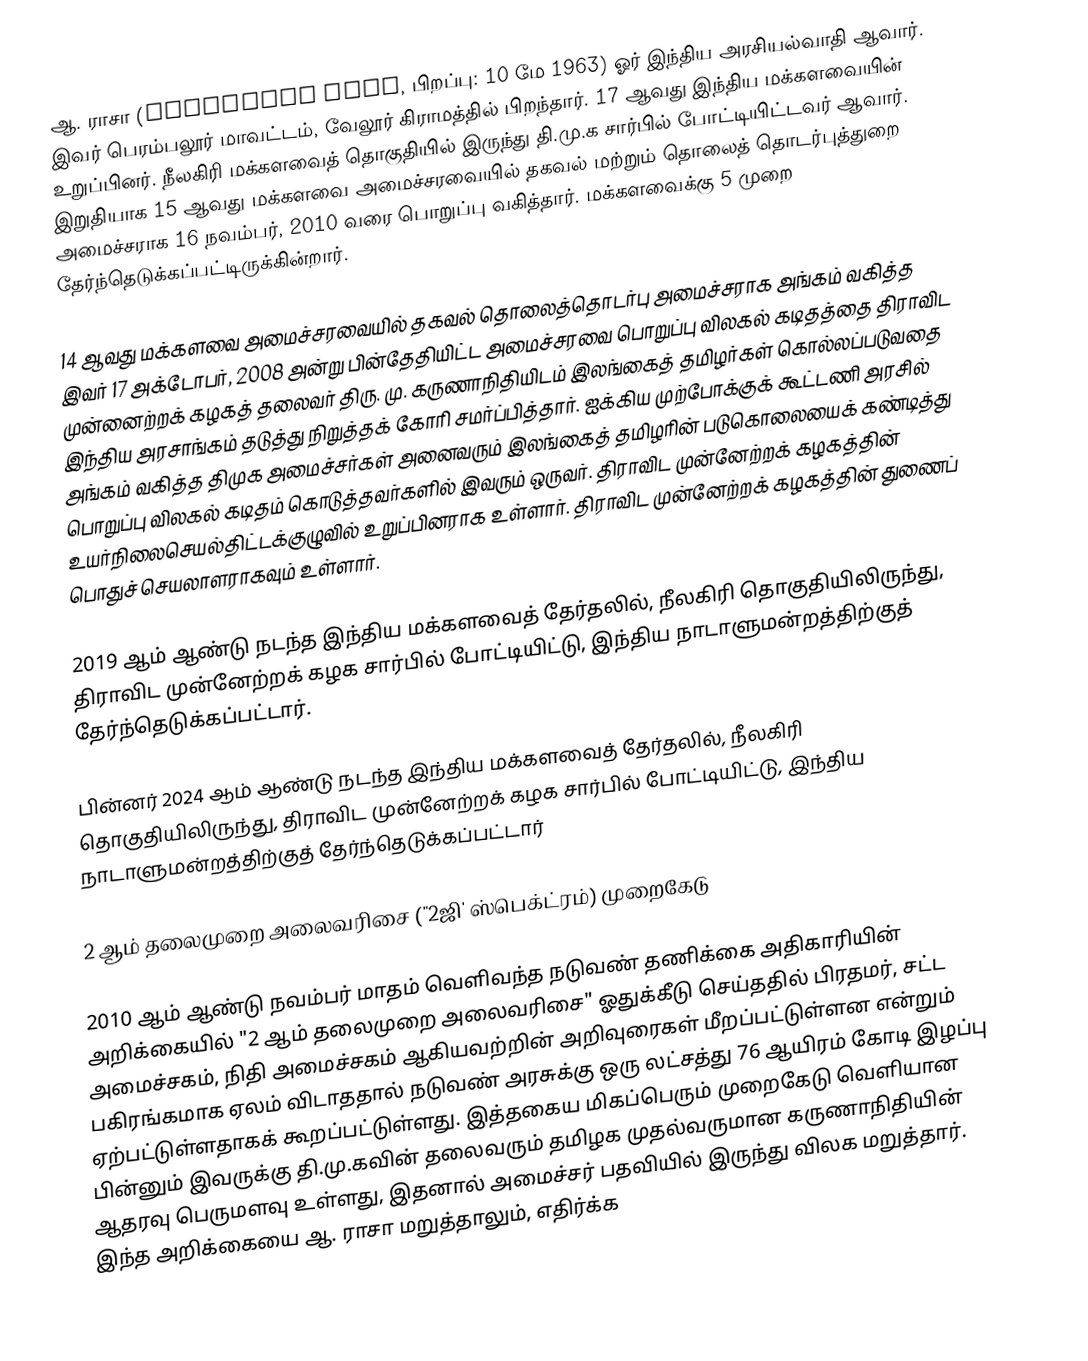
ஆ. ராசா (Andimuthu Raja, பிறப்பு: 10 மே 1963) ஓர் இந்திய அரசியல்வாதி ஆவார். இவர்  பெரம்பலூர் மாவட்டம், வேலூர் கிராமத்தில் பிறந்தார். 17 ஆவது இந்திய மக்களவையின் உறுப்பினர். நீலகிரி மக்களவைத் தொகுதியில் இருந்து தி.மு.க சார்பில் போட்டியிட்டவர் ஆவார். இறுதியாக 15 ஆவது மக்களவை அமைச்சரவையில் தகவல் மற்றும் தொலைத் தொடர்புத்துறை அமைச்சராக 16 நவம்பர், 2010 வரை பொறுப்பு வகித்தார். மக்களவைக்கு 5 முறை தேர்ந்தெடுக்கப்பட்டிருக்கின்றார்.

14 ஆவது மக்களவை அமைச்சரவையில்  தகவல் தொலைத்தொடர்பு அமைச்சராக அங்கம் வகித்த இவர் 17 அக்டோபர், 2008 அன்று பின்தேதியிட்ட அமைச்சரவை பொறுப்பு விலகல் கடிதத்தை திராவிட முன்னைற்றக் கழகத் தலைவர் திரு. மு. கருணாநிதியிடம் இலங்கைத் தமிழர்கள் கொல்லப்படுவதை இந்திய அரசாங்கம் தடுத்து நிறுத்தக் கோரி சமர்ப்பித்தார். ஐக்கிய முற்போக்குக் கூட்டணி அரசில் அங்கம் வகித்த திமுக அமைச்சர்கள் அனைவரும் இலங்கைத் தமிழரின் படுகொலையைக் கண்டித்து பொறுப்பு விலகல் கடிதம் கொடுத்தவர்களில் இவரும் ஒருவர். திராவிட முன்னேற்றக் கழகத்தின் உயர்நிலைசெயல்திட்டக்குழுவில் உறுப்பினராக உள்ளார். திராவிட முன்னேற்றக் கழகத்தின் துணைப் பொதுச் செயலாளராகவும் உள்ளார்.

2019 ஆம் ஆண்டு நடந்த இந்திய மக்களவைத் தேர்தலில், நீலகிரி தொகுதியிலிருந்து, திராவிட முன்னேற்றக் கழக சார்பில் போட்டியிட்டு, இந்திய நாடாளுமன்றத்திற்குத் தேர்ந்தெடுக்கப்பட்டார்.

பின்னர் 2024 ஆம் ஆண்டு நடந்த இந்திய மக்களவைத் தேர்தலில், நீலகிரி தொகுதியிலிருந்து, திராவிட முன்னேற்றக் கழக சார்பில் போட்டியிட்டு, இந்திய நாடாளுமன்றத்திற்குத் தேர்ந்தெடுக்கப்பட்டார்

2 ஆம் தலைமுறை அலைவரிசை ("2ஜி' ஸ்பெக்ட்ரம்) முறைகேடு

2010 ஆம் ஆண்டு நவம்பர் மாதம் வெளிவந்த நடுவண் தணிக்கை அதிகாரியின் அறிக்கையில் "2 ஆம் தலைமுறை அலைவரிசை" ஓதுக்கீடு  செய்ததில் பிரதமர், சட்ட அமைச்சகம், நிதி அமைச்சகம் ஆகியவற்றின் அறிவுரைகள் மீறப்பட்டுள்ளன என்றும் பகிரங்கமாக ஏலம் விடாததால் நடுவண் அரசுக்கு ஒரு லட்சத்து 76 ஆயிரம் கோடி இழப்பு ஏற்பட்டுள்ளதாகக் கூறப்பட்டுள்ளது. இத்தகைய மிகப்பெரும் முறைகேடு வெளியான பின்னும் இவருக்கு தி.மு.கவின் தலைவரும் தமிழக முதல்வருமான கருணாநிதியின் ஆதரவு பெருமளவு உள்ளது, இதனால் அமைச்சர் பதவியில் இருந்து விலக மறுத்தார். இந்த அறிக்கையை ஆ. ராசா மறுத்தாலும், எதிர்க்க